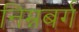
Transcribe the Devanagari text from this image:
निम्नबर्ग